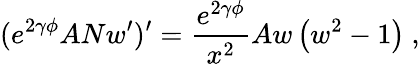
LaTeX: (e^{2\gamma\phi}ANw^{\prime})^{\prime}=\frac{e^{2\gamma\phi}}{x^{2}}Aw\left(w^{2}-1\right)\ ,